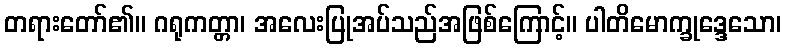
တရားတော်၏။ ဂရုကတ္တာ၊ အလေးပြုအပ်သည်အဖြစ်ကြောင့်။ ပါတိမောက္ခုဒ္ဒေသော၊